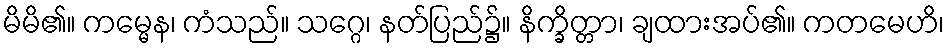
မိမိ၏။ ကမ္မေန၊ ကံသည်။ သဂ္ဂေ၊ နတ်ပြည်၌။ နိက္ခိတ္တာ၊ ချထားအပ်၏။ ကတမေဟိ၊